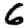
Digit: 6